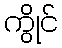
ကွိုင်